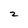
Character: z